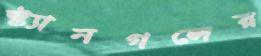
স্ট্যানগলের